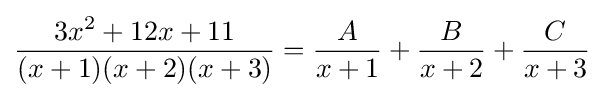
{\frac {3x^{2}+12x+11}{(x+1)(x+2)(x+3)}}={\frac {A}{x+1}}+{\frac {B}{x+2}}+{\frac {C}{x+3}}